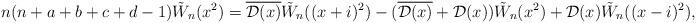
LaTeX: \begin{align*} n(n+a+b+c+d-1)\tilde{W}_n(x^2)=\overline{\mathcal{D}(x)}\tilde{W}_n((x+i)^2)-(\overline{\mathcal{D}(x)}+\mathcal{D}(x))\tilde{W}_n(x^2)+\mathcal{D}(x)\tilde{W}_n((x-i)^2), \end{align*}